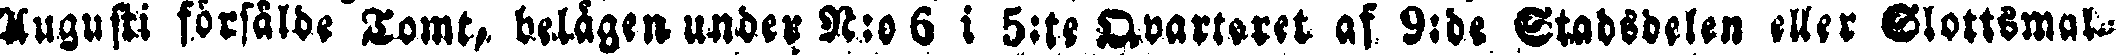
Augusti försålde Tomt, belågen under N:o 6 i 5:te Qvarteret af 9:de Stadsdelen eller Slottsmal-